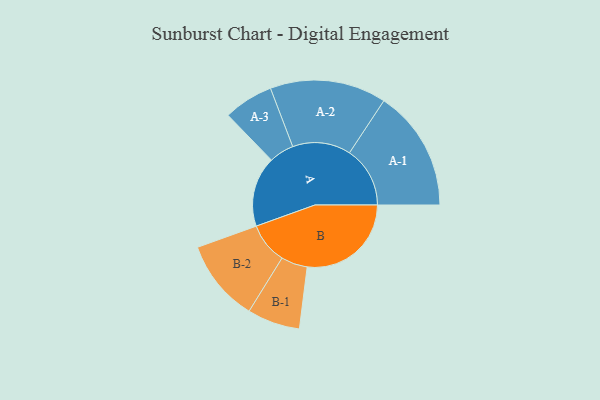
{"axis": {"x": "Segment", "y": "Value"}, "legend": ["", "A", "B"], "data": [{"x": "A", "y": 325, "type": ""}, {"x": "B", "y": 481, "type": ""}, {"x": "A-1", "y": 280, "type": "A"}, {"x": "A-2", "y": 269, "type": "A"}, {"x": "A-3", "y": 115, "type": "A"}, {"x": "B-1", "y": 122, "type": "B"}, {"x": "B-2", "y": 190, "type": "B"}]}